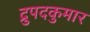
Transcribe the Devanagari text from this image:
द्रुपदकुमार